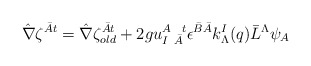
\begin{align*}\hat \nabla \zeta^{\bar A t}= \hat \nabla \zeta^{\bar A t}_{old}+2g u^{A~~t}_{I~\bar A} \epsilon^{\bar B \bar A}k^I_\Lambda (q){\bar L}^\Lambda\psi_A\end{align*}